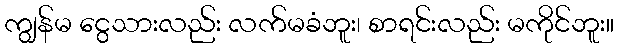
ကျွန်မ ငွေသားလည်း လက်မခံဘူး၊ စာရင်းလည်း မကိုင်ဘူး။